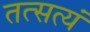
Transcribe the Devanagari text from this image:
तत्सत्यं